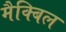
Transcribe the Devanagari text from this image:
मैक्बिल